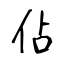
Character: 佔